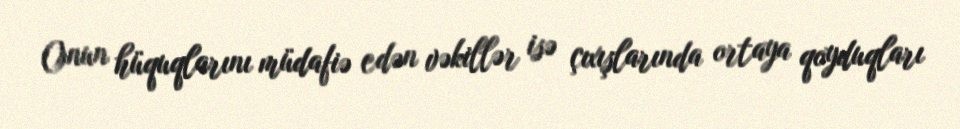
Onun hüquqlarını müdafiə edən vəkillər isə çıxışlarında ortaya qoyduqları